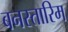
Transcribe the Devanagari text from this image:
बनस्तारिम